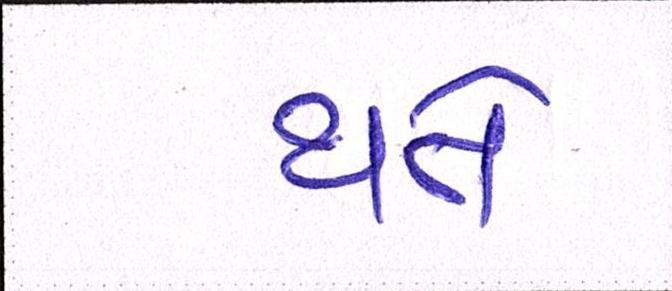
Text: થતે